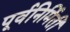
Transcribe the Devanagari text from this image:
पूर्वनिर्मिती